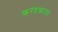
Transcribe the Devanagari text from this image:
करंडकाला